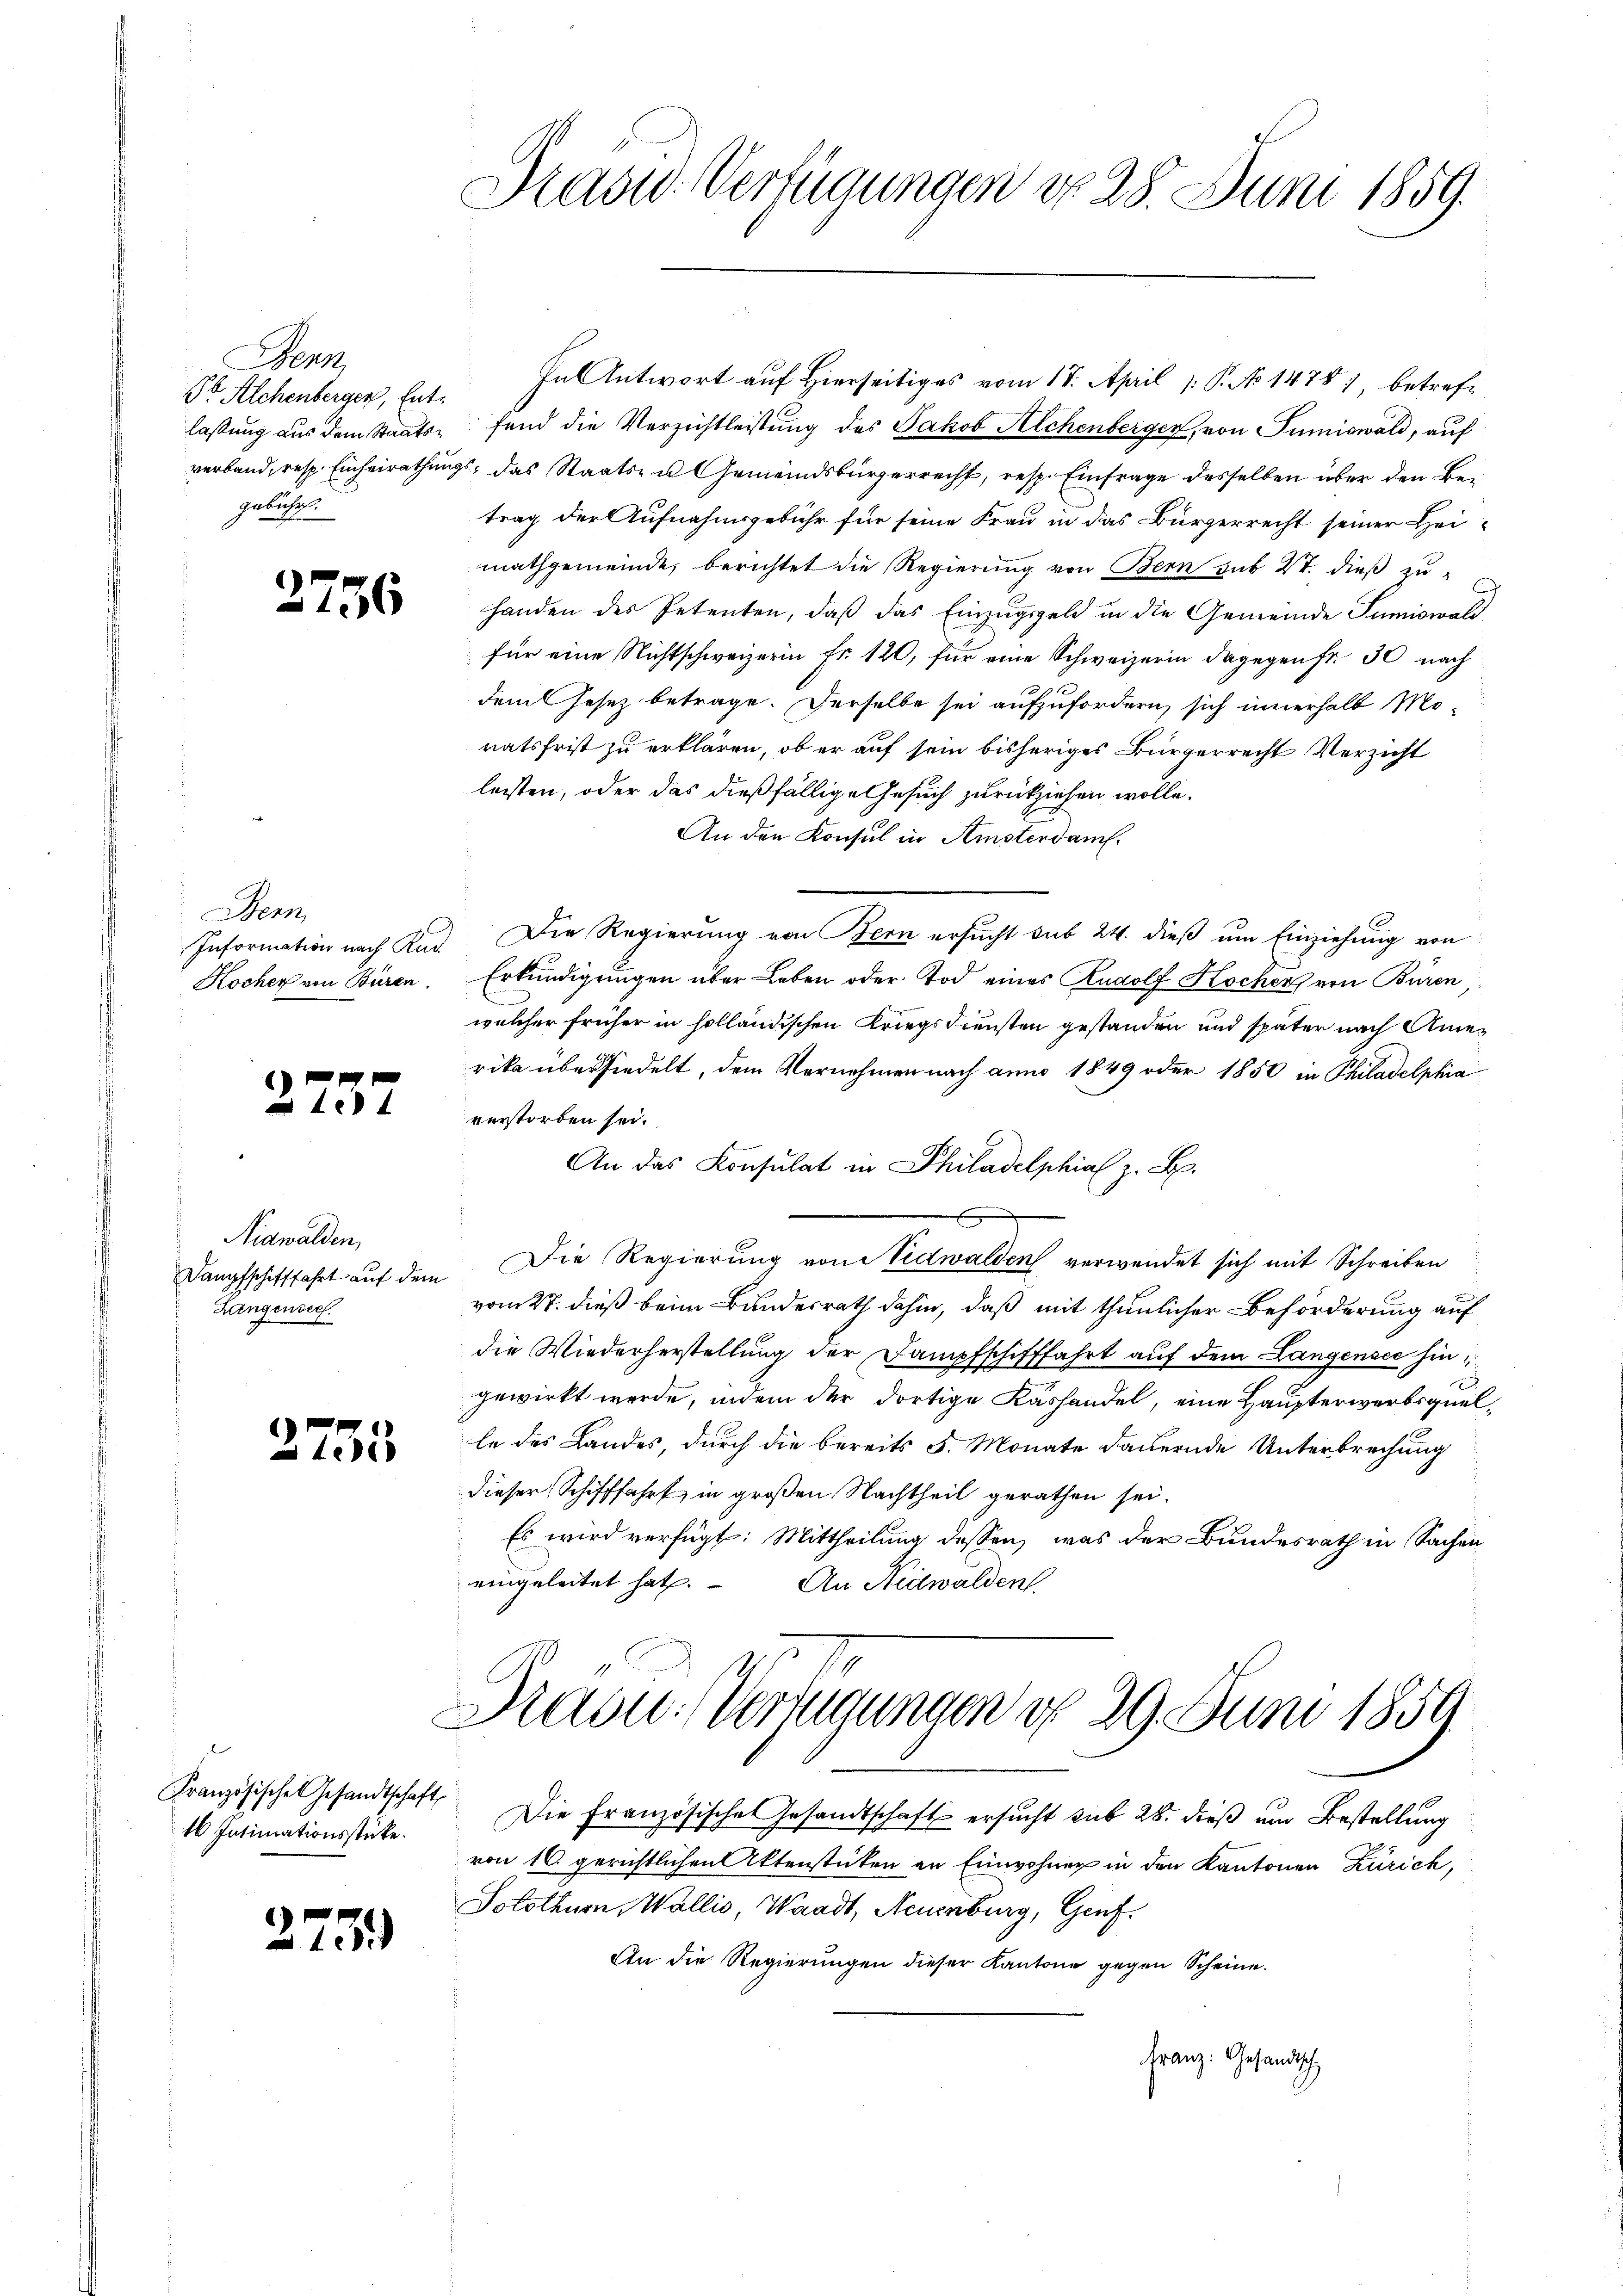
Benz
Do Alchenberger, Entgebühr.

2756

Bem
Kocher von Büren.

2237

Nidwalden,
Dampfschifffahrt auf dem
Zungensee.

f
te

Französische Gesandtschaft
16 Intimationsstücke.

273)

Prasw. Verfügungen do 28. Juni 1859.

In Antwort auf Hierseitiges vom 18. April 1. P. No 1478) betreflassung aus dem Staats- fand die Verzichtleistung des Jakob Aechenberger, von Tuniswald, auf
verband, resp. Einheirathungs, das Staats- u Gemeindsbürgerrecht, resp. Einfrage desselben über den Betrag der Aufnahmsgebühr für seine Frau in das Bürgerrecht seiner Hei-
mathgemeinde, berichtet die Regierung von Bern sub 27. dieß zuhanden des Petenten, daß das Einzugsgeld in die Gemeinde Sumiswald
für eine Nichtschweizerin fr. 120, für eine Schweizerin dagegen fr. 30 nach
dam Jesez betrage. Derselbe sei aufzufordern, sich innerhalb Mo-
natsfrist zu erklären, ob er auf sein bisheriges Bürgerrecht Verzicht
leisten, oder das dießfällige Gesuch zurückziehen wolle.
An den Konsul in Amsterdam.
Information nach Rud. Die Regierung von Bern ersŭcht sub 24. dieβ ŭm Einziehung von
Erkundigungen über Leben oder Tod eines Rudolf Hochens von Büren,
welcher früher in solländischen Kriegsdiensten gestanden und später nach Amerika übersiedelt, dem Vernehmen nach anno 1849 oder 1850 in Philadelphia
verstorben sei.
An das Konsulat in Philadelphia z. B.
Die Regierung von Nidwalden verwendet sich mit Schreiben
vom 27. dieß beim Bundesrath dahin, daß mit thunlicher Beförderung auf
die Wiederherstellung der Dampfschifffahrt auf dem Langensee hingewirkt werde, indem der dortige Käshandel, eine Haupterwerbsquelle des Landes, durch die bereits 5. Monate dauernde Unterbrechung
dieser Schifffahrt, in großen Nachtheil gerathen sei.
Es wird verfügt: Mittheilung dessen, was der Bundesrath in Sachen
eingeleitet hat.
An Nidwalden.

Drasu: Verfügungen d. 29. Juni 1859

Die Französische Gesandtschaft ersucht sub 28. dieß um Bestellung
von 16. gerichtlichen Aktenstücken an Einwohner in den Kantonen Zürich,
Solothurn, Wallis, Waadt, Neuenburg, Genf.
An die Regierungen dieser Kantone gegen Scheine.
Franz: Gesandtsch